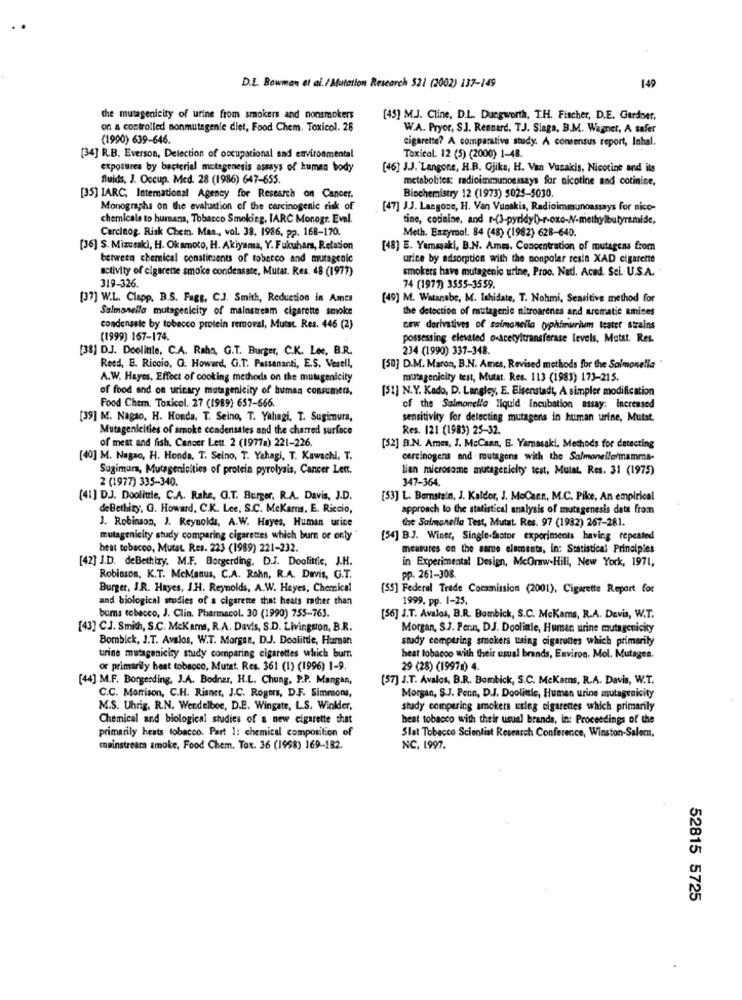
D.L. Bowman et al./Mutation Research 521 (2002) 137-149
149
the mutagenicity of urine from smokers and nonsmokers
[45] M.J. Cline, D.L. Dungworth, T.H. Fischer, D.E. Gardner,
on a controlled nonmutagenic diet, Food Chem, Toxicol. 26
W.A. Pryor, S.J. Rennard. T.J. Slaga, B.M. Wagner, A safer
(1990) 639-646.
cigarette? A comparative study. A consensus report, Inhal.
[34] R.B. Everson, Delection of occupational and environmental
Toxical. 12 (5) (2000) 1-48.
exposures by bacterial mutagenesis assays of human body
[46] J.J. Langone, H.B. Gjike, H. Van Vasakis, Nicotine and its
fluids, J. Occup. Med. 28 (1986) 647-655.
metabolites: radioimmunoessays for nicotine and cotinine,
[35] IARC, International Agency for Research on Cancer.
Biochemistry 12 (1973) $025-5030.
Monographs on the evaluation of the carcinogenic risk of
[47] JJ. Langone, H. Van Vunakis, Radioimmunoassays for nico-
chemicals to hursans, Tobacco Smoking, IARC Monogr. Eval.
tine, codinine, and r-(3-pyridyl)-r-oxo-N-methylbutyramide,
Cercleog. Risk Chem. Man ., vol. 38. 1986, pp. 168-170.
Meth. Enzymol. 84 (48) (1982) 628-640.
[36] S. Mizusaki, H. Ok amoto, H. Akiyama, Y. Fukuhara, Relation
[48] E. Yamasaki, B.N. Ame, Concentration of mutagens from
between chemical constituents of tobacco and mutagenic
urine by adsorption with the nonpolar resin XAD cigarette
activity of cigarene smoke condensate, Mutat. Res. 48 (1977)
smokers have mutagenic urine, Proo. Natl. Acad Sci. U.S.A. "
319-326.
74 (1977) 3555-3559.
[37] W.L. Clapp. B.S. Fags, CJ. Smith, Reduction in Ames
[49] M. Watanabe, M. Ishidate, T. Nohmi, Sensitive method for
Salmonella mutagenicity of mainstream cigarette smoke
the detection of mutagenic nitroarènes and aromatic amines
condensste by tobacco protein removal, Mutat. Res. 446 (2)
cew derivatives of salmonella typhimurium teater strains
(1999) 167-174.
possessing elevated osacetyltransferase levels, Mutat. Res.
[38] DJ. Doolittle, C.A. Raha, G.T. Burger, C.K. Lee, B.R.
234 (1990) 337-348.
Reed, E. Riccio, G. Howard, G.T. Passananti, E.S. Vesell,
[50] D.M. Maron, B.N. Ames, Revised methods for the Salmonella
A.W. Hayes, Effect of cooking methods on the mutugendcity
mutagenicity test, Mutat. Res. 113 (1983) 173-215.
of food and on urinary mutagenicity of human consumers,
[51] N.Y. Kado, D. Langley, E. Eisenstadt, A simpler modification
Food Chem. Toxicol. 27 (1989) 657-666.
of the Salmonella liquid incubation assay: Increased
[39] M. Nagao, H. Honda, T. Seino, T. Yahagi, T. Sugimura,
sensitivity for detecting mutagens in human urine, Mutst.
Mutagenicities of smoke condensates and the charred surface
Res. 121 (1983) 25-32.
of meat and fish, Cancer Lett. 2 (1977a) 221-226.
[32] B.N. Ames, J. McCann, B. Yamasaki. Methods for detecting
[40] M. Nagao, H. Honda, T. Seino, T. Yahagi, T. Kawachi, T.
carcinogens and mutagens with the Salmonella/mamma-
Sugimura, Mutagenicities of protein pyrolysis, Cancer Lett.
lien microsome mutagenicity test, Mutat. Res. 31 (1975)
2 (1977) 335-340.
347-364.
[41] DJ. Doolittle, C.A. Rahe, G.T. Burger, R.A. Davis, J.D.
[53] L. Bemstein, J. Kaldor, J. MoCacn, M.C. Pike, An empirical
deBethizy, G. Howard, C.K. Lee, S.C. MeKars, E. Riccio,
approach to the statistical analysis of mutagenesis data from
the Salmonella Test, Mutat. Res. 97 (1932) 267-281.
J. Robinson, J. Reynolds, A.W. Hayes, Human urine
mutagenicity study comparing cigarettes which burn or only
[34] B.J. Winer, Single-factor experiments having repeated
hest tobacco, Mutat. Res. 223 (1989) 221-232.
measures on the same elements, in: Statistical Principies
[42] J.D. deBethizy. M.F. Borgerding, D.J. Doolittle, J.H.
in Experimental Design, McOraw-Hill, New York, 1971,
Robinson, K.T. McManus, C.A. Rahn, R.A. Davis, G.T.
pp. 261-308.
Burger, J.R. Hayes, J.H. Reynolds, A.W. Hayes, Chemical
(55] Federal Trade Commission (2001), Cigarette Report for
and biological studies of a cigarette that heats rather than
1999, pp. 1-25.
bums tobecco, J. Clin. Pharmacol. 30 (1990) 755-763.
[56] J.T. Avalos, B.R. Bombick, S.C. McKams, R.A. Davis, W.T.
[43] C.J. Smith, S.C. McKarns, R.A. Davis, S.D. Livingston, B.R.
Morgan, S.J. Penn, DJ. Doolinle, Human urine mutagenicity
Bombick, J.T. Avalos, W.T. Morgan, D.J. Doolittle, Human
study comparing smokers using cigarettes which primarily
urine mutagenicity study comparing cigarettes which burn
heat tobacco with their usual brands, Environ. Mol. Mutagen.
or primarily heat tobacco, Mutat. Res. 361 (1) (1996) 1-9.
29 (28) (1997) 4.
[44] M.F. Borgending, J.A. Bodnar, H.L. Chung. P.P. Mangan,
(57] J.T. Avalos, B.R. Bombick, S.C. Mckams, R.A. Davis, W.T.
C.C. Morrison, C.H. Risner, J.C. Rogers, D.F. Simmons,
Morgan, S.J. Penn, D.J. Doolinle, Human urine mutagenicity
M.S. Uhrig. R.N. Wendelboe, D.E. Wingate, L.S. Winkler,
study comparing smokers usleg cigarettes which primarily
Chemical and biological studies of a new cigarette that
heat tobacco with their usual brands, in: Proceedings of the
primarily heats tobacco. Part 1: chemical composition of
Slat Tobacco Scientist Research Conference, Winston-Salem.
mainstreama smoke, Food Chem. Tox. 36 (1998) 169-182.
NC, 1997.
52815 5725